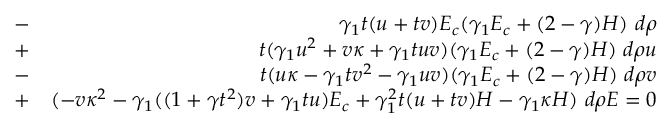
\begin{array} { r l r } & { - } & { \gamma _ { 1 } t ( u + t v ) E _ { c } ( \gamma _ { 1 } E _ { c } + ( 2 - \gamma ) H ) ~ d \rho } \\ & { + } & { t ( \gamma _ { 1 } u ^ { 2 } + v \kappa + \gamma _ { 1 } t u v ) ( \gamma _ { 1 } E _ { c } + ( 2 - \gamma ) H ) ~ d \rho u } \\ & { - } & { t ( u \kappa - \gamma _ { 1 } t v ^ { 2 } - \gamma _ { 1 } u v ) ( \gamma _ { 1 } E _ { c } + ( 2 - \gamma ) H ) ~ d \rho v } \\ & { + } & { ( - v \kappa ^ { 2 } - \gamma _ { 1 } ( ( 1 + \gamma t ^ { 2 } ) v + \gamma _ { 1 } t u ) E _ { c } + \gamma _ { 1 } ^ { 2 } t ( u + t v ) H - \gamma _ { 1 } \kappa H ) ~ d \rho E = 0 } \end{array}